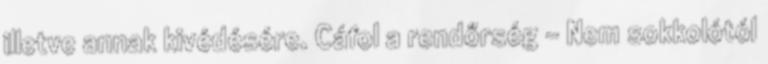
illetve annak kivédésére. Cáfol a rendőrség - Nem sokkolótól